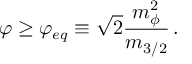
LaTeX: \varphi \geq \varphi _ { e q } \equiv \sqrt { 2 } \frac { m _ { \phi } ^ { 2 } } { m _ { 3 / 2 } } \, .